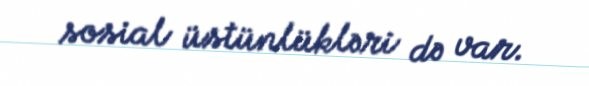
sosial üstünlükləri də var.